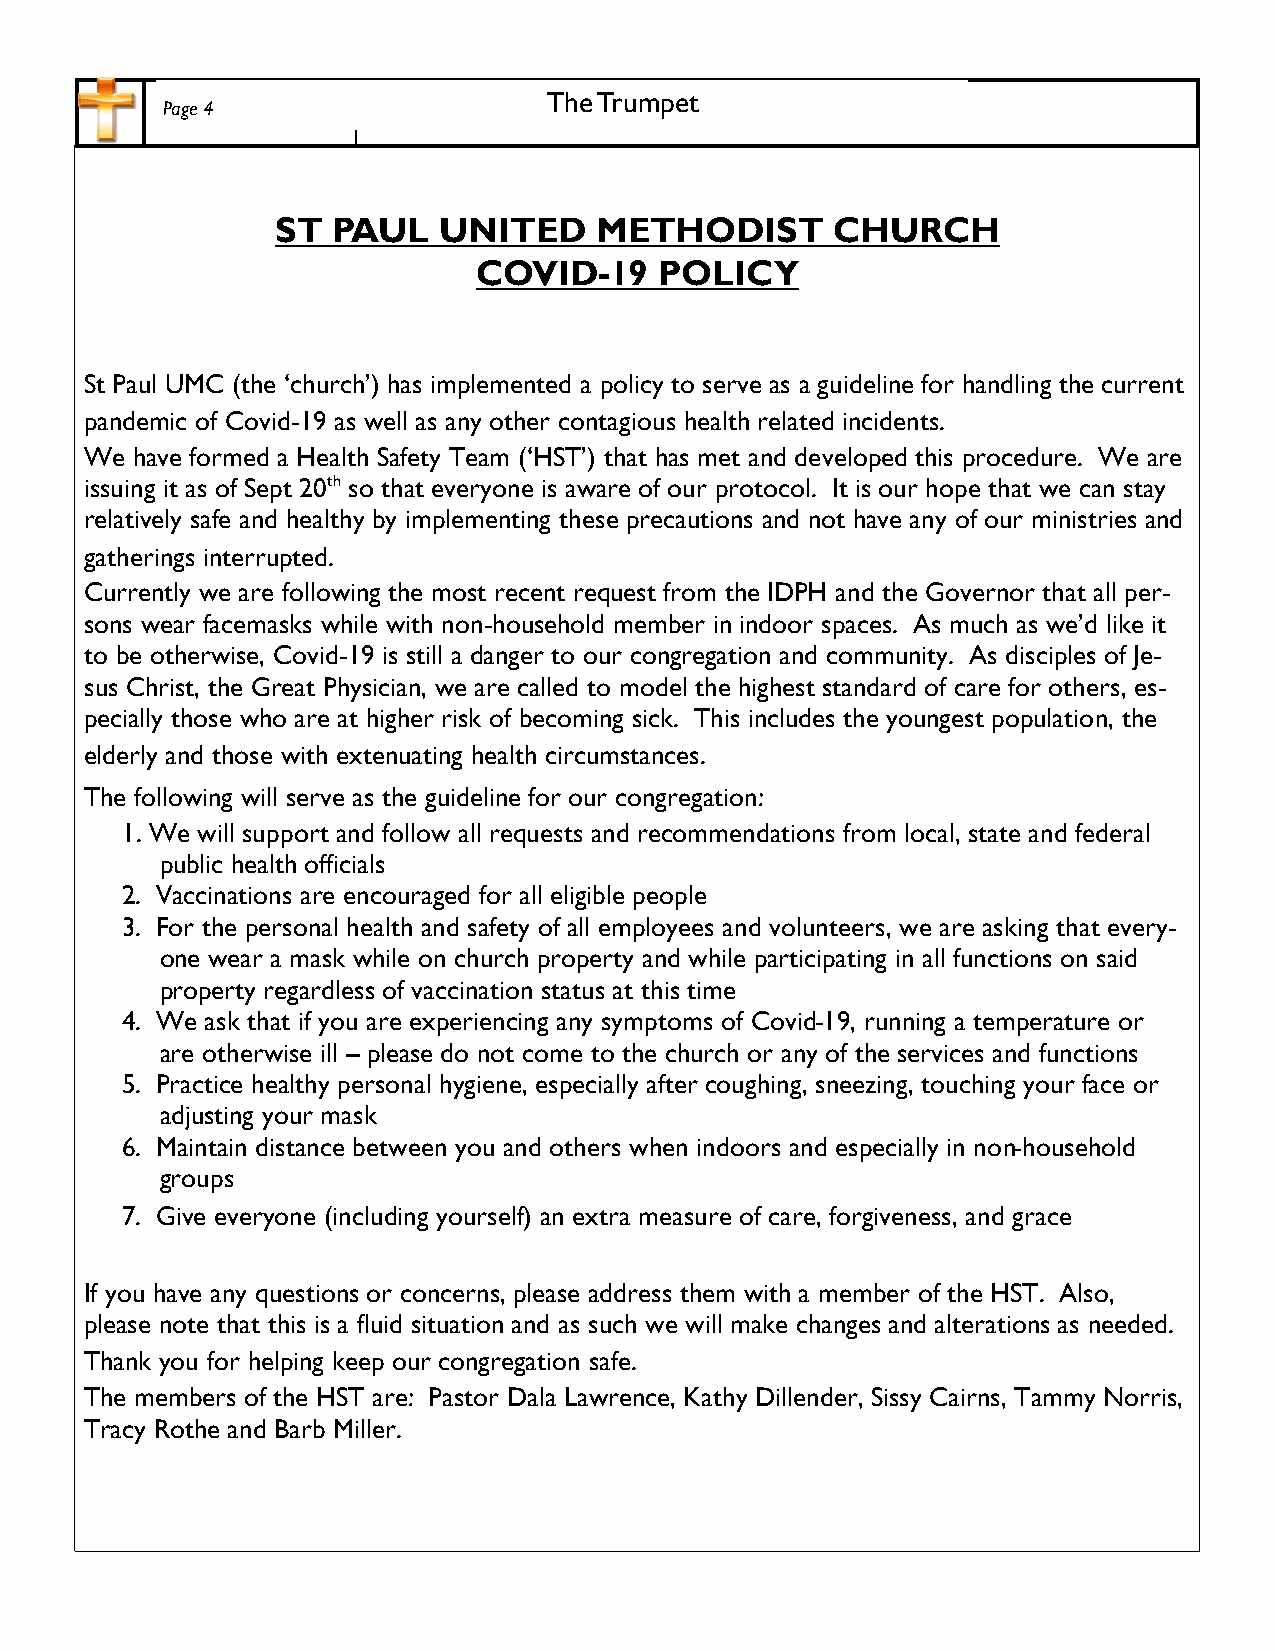
The Trumpet
 Page 4
 ST  PAUL   UNITED    METHODIST       CHURCH
 COVID-19    POLICY
 St Paul UMC (the ‘church’) has implemented a policy to serve as a guideline for handling the current
 pandemic of Covid-19 as well as any other contagious health related incidents.
 We have formed a Health Safety Team (‘HST’) that has met and developed this procedure. We are
 issuing it as of Sept 20th so that everyone is aware of our protocol. It is our hope that we can stay
 relatively safe and healthy by implementing these precautions and not have any of our ministries and
 gatherings interrupted.
 Currently we are following the most recent request from the IDPH and the Governor that all per-
 sons wear facemasks while with non-household member in indoor spaces. As much as we’d like it
 to be otherwise, Covid-19 is still a danger to our congregation and community. As disciples of Je-
 sus Christ, the Great Physician, we are called to model the highest standard of care for others, es-
 pecially those who are at higher risk of becoming sick. This includes the youngest population, the
 elderly and those with extenuating health circumstances.
 The following will serve as the guideline for our congregation:
 1. We will support and follow all requests and recommendations from local, state and federal
 public health officials
 2. Vaccinations are encouraged for all eligible people
 3. For the personal health and safety of all employees and volunteers, we are asking that every-
 one wear a mask while on church property and while participating in all functions on said
 property regardless of vaccination status at this time
 4. We ask that if you are experiencing any symptoms of Covid-19, running a temperature or
 are otherwise ill – please do not come to the church or any of the services and functions
 5. Practice healthy personal hygiene, especially after coughing, sneezing, touching your face or
 adjusting your mask
 6. Maintain distance between you and others when indoors and especially in non-household
 groups
 7. Give everyone (including yourself) an extra measure of care, forgiveness, and grace
 If you have any questions or concerns, please address them with a member of the HST. Also,
 please note that this is a fluid situation and as such we will make changes and alterations as needed.
 Thank you for helping keep our congregation safe.
 The members of the HST are: Pastor Dala Lawrence, Kathy Dillender, Sissy Cairns, Tammy Norris,
 Tracy Rothe and Barb Miller.